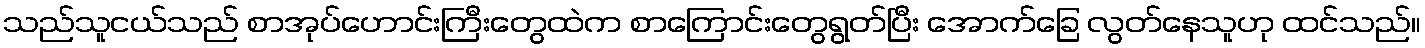
သည်သူငယ်သည် စာအုပ်ဟောင်းကြီးတွေထဲက စာကြောင်းတွေရွတ်ပြီး အောက်ခြေ လွတ်နေသူဟု ထင်သည်။